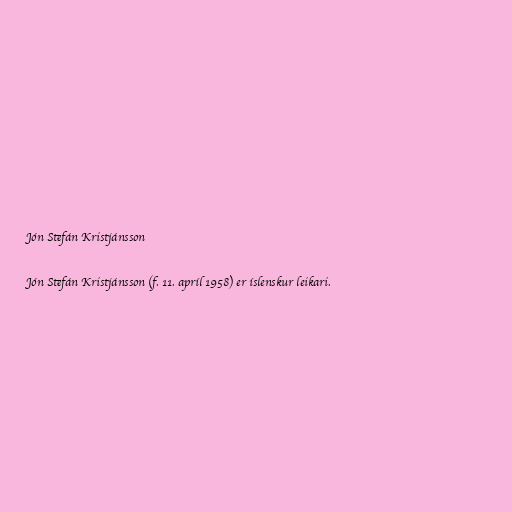
Jón Stefán Kristjánsson

Jón Stefán Kristjánsson (f. 11. apríl 1958) er íslenskur leikari.